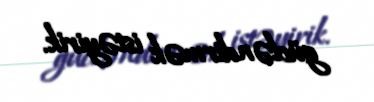
gücləndirmək istəyirik.